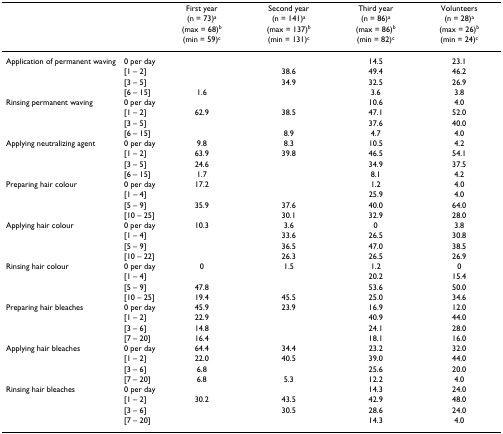
<table><thead><tr><td>[EMPTY_CELL]</td><td>[EMPTY_CELL]</td><td><b>First year</b></td><td><b>Second year</b></td><td><b>Third year</b></td><td><b>Volunteers</b></td></tr><tr><td>[EMPTY_CELL]</td><td>[EMPTY_CELL]</td><td><b>(n = 73)<sup>a</sup></b></td><td><b>(n = 141)<sup>a</sup></b></td><td><b>(n = 86)<sup>a</sup></b></td><td><b>(n = 28)<sup>a</sup></b></td></tr><tr><td>[EMPTY_CELL]</td><td>[EMPTY_CELL]</td><td><b>(max = 68)<sup>b</sup></b></td><td><b>(max = 137)<sup>b</sup></b></td><td><b>(max = 86)<sup>b</sup></b></td><td><b>(max = 26)<sup>b</sup></b></td></tr><tr><td>[EMPTY_CELL]</td><td>[EMPTY_CELL]</td><td><b>(min = 59)<sup>c</sup></b></td><td><b>(min = 131)<sup>c</sup></b></td><td><b>(min = 82)<sup>c</sup></b></td><td><b>(min = 24)<sup>c</sup></b></td></tr></thead><tbody><tr><td>Application of permanent waving</td><td>0 per day</td><td>[EMPTY_CELL]</td><td>[EMPTY_CELL]</td><td>14.5</td><td>23.1</td></tr><tr><td>[EMPTY_CELL]</td><td>[1 – 2]</td><td>[EMPTY_CELL]</td><td>38.6</td><td>49.4</td><td>46.2</td></tr><tr><td>[EMPTY_CELL]</td><td>[3 – 5]</td><td>[EMPTY_CELL]</td><td>34.9</td><td>32.5</td><td>26.9</td></tr><tr><td>[EMPTY_CELL]</td><td>[6 – 15]</td><td>1.6</td><td>[EMPTY_CELL]</td><td>3.6</td><td>3.8</td></tr><tr><td>Rinsing permanent waving</td><td>0 per day</td><td>[EMPTY_CELL]</td><td>[EMPTY_CELL]</td><td>10.6</td><td>4.0</td></tr><tr><td>[EMPTY_CELL]</td><td>[1 – 2]</td><td>62.9</td><td>38.5</td><td>47.1</td><td>52.0</td></tr><tr><td>[EMPTY_CELL]</td><td>[3 – 5]</td><td>[EMPTY_CELL]</td><td>[EMPTY_CELL]</td><td>37.6</td><td>40.0</td></tr><tr><td>[EMPTY_CELL]</td><td>[6 – 15]</td><td>[EMPTY_CELL]</td><td>8.9</td><td>4.7</td><td>4.0</td></tr><tr><td>Applying neutralizing agent</td><td>0 per day</td><td>9.8</td><td>8.3</td><td>10.5</td><td>4.2</td></tr><tr><td>[EMPTY_CELL]</td><td>[1 – 2]</td><td>63.9</td><td>39.8</td><td>46.5</td><td>54.1</td></tr><tr><td>[EMPTY_CELL]</td><td>[3 – 5]</td><td>24.6</td><td>[EMPTY_CELL]</td><td>34.9</td><td>37.5</td></tr><tr><td>[EMPTY_CELL]</td><td>[6 – 15]</td><td>1.7</td><td>[EMPTY_CELL]</td><td>8.1</td><td>4.2</td></tr><tr><td>Preparing hair colour</td><td>0 per day</td><td>17.2</td><td>[EMPTY_CELL]</td><td>1.2</td><td>4.0</td></tr><tr><td>[EMPTY_CELL]</td><td>[1 – 4]</td><td>[EMPTY_CELL]</td><td>[EMPTY_CELL]</td><td>25.9</td><td>4.0</td></tr><tr><td>[EMPTY_CELL]</td><td>[5 – 9]</td><td>35.9</td><td>37.6</td><td>40.0</td><td>64.0</td></tr><tr><td>[EMPTY_CELL]</td><td>[10 – 25]</td><td>[EMPTY_CELL]</td><td>30.1</td><td>32.9</td><td>28.0</td></tr><tr><td>Applying hair colour</td><td>0 per day</td><td>10.3</td><td>3.6</td><td>0</td><td>3.8</td></tr><tr><td>[EMPTY_CELL]</td><td>[1 – 4]</td><td>[EMPTY_CELL]</td><td>33.6</td><td>26.5</td><td>30.8</td></tr><tr><td>[EMPTY_CELL]</td><td>[5 – 9]</td><td>[EMPTY_CELL]</td><td>36.5</td><td>47.0</td><td>38.5</td></tr><tr><td>[EMPTY_CELL]</td><td>[10 – 22]</td><td>[EMPTY_CELL]</td><td>26.3</td><td>26.5</td><td>26.9</td></tr><tr><td>Rinsing hair colour</td><td>0 per day</td><td>0</td><td>1.5</td><td>1.2</td><td>0</td></tr><tr><td>[EMPTY_CELL]</td><td>[1 – 4]</td><td>[EMPTY_CELL]</td><td>[EMPTY_CELL]</td><td>20.2</td><td>15.4</td></tr><tr><td>[EMPTY_CELL]</td><td>[5 – 9]</td><td>47.8</td><td>[EMPTY_CELL]</td><td>53.6</td><td>50.0</td></tr><tr><td>[EMPTY_CELL]</td><td>[10 – 25]</td><td>19.4</td><td>45.5</td><td>25.0</td><td>34.6</td></tr><tr><td>Preparing hair bleaches</td><td>0 per day</td><td>45.9</td><td>23.9</td><td>16.9</td><td>12.0</td></tr><tr><td>[EMPTY_CELL]</td><td>[1 – 2]</td><td>22.9</td><td>[EMPTY_CELL]</td><td>40.9</td><td>44.0</td></tr><tr><td>[EMPTY_CELL]</td><td>[3 – 6]</td><td>14.8</td><td>[EMPTY_CELL]</td><td>24.1</td><td>28.0</td></tr><tr><td>[EMPTY_CELL]</td><td>[7 – 20]</td><td>16.4</td><td>[EMPTY_CELL]</td><td>18.1</td><td>16.0</td></tr><tr><td>Applying hair bleaches</td><td>0 per day</td><td>64.4</td><td>34.4</td><td>23.2</td><td>32.0</td></tr><tr><td>[EMPTY_CELL]</td><td>[1 – 2]</td><td>22.0</td><td>40.5</td><td>39.0</td><td>44.0</td></tr><tr><td>[EMPTY_CELL]</td><td>[3 – 6]</td><td>6.8</td><td>[EMPTY_CELL]</td><td>25.6</td><td>20.0</td></tr><tr><td>[EMPTY_CELL]</td><td>[7 – 20]</td><td>6.8</td><td>5.3</td><td>12.2</td><td>4.0</td></tr><tr><td>Rinsing hair bleaches</td><td>0 per day</td><td>[EMPTY_CELL]</td><td>[EMPTY_CELL]</td><td>14.3</td><td>24.0</td></tr><tr><td>[EMPTY_CELL]</td><td>[1 – 2]</td><td>30.2</td><td>43.5</td><td>42.9</td><td>48.0</td></tr><tr><td>[EMPTY_CELL]</td><td>[3 – 6]</td><td>[EMPTY_CELL]</td><td>30.5</td><td>28.6</td><td>24.0</td></tr><tr><td>[EMPTY_CELL]</td><td>[7 – 20]</td><td>[EMPTY_CELL]</td><td>[EMPTY_CELL]</td><td>14.3</td><td>4.0</td></tr></tbody></table>